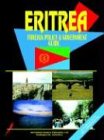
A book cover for Eritrea Foreign Policy And Government Guide; Ibp Usa; Travel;